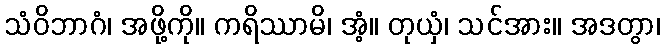
သံဝိဘာဂံ၊ အဖို့ကို။ ကရိဿာမိ၊ အံ့။ တုယှံ၊ သင်အား။ အဒတွာ၊